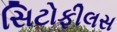
સિટોફીલસ